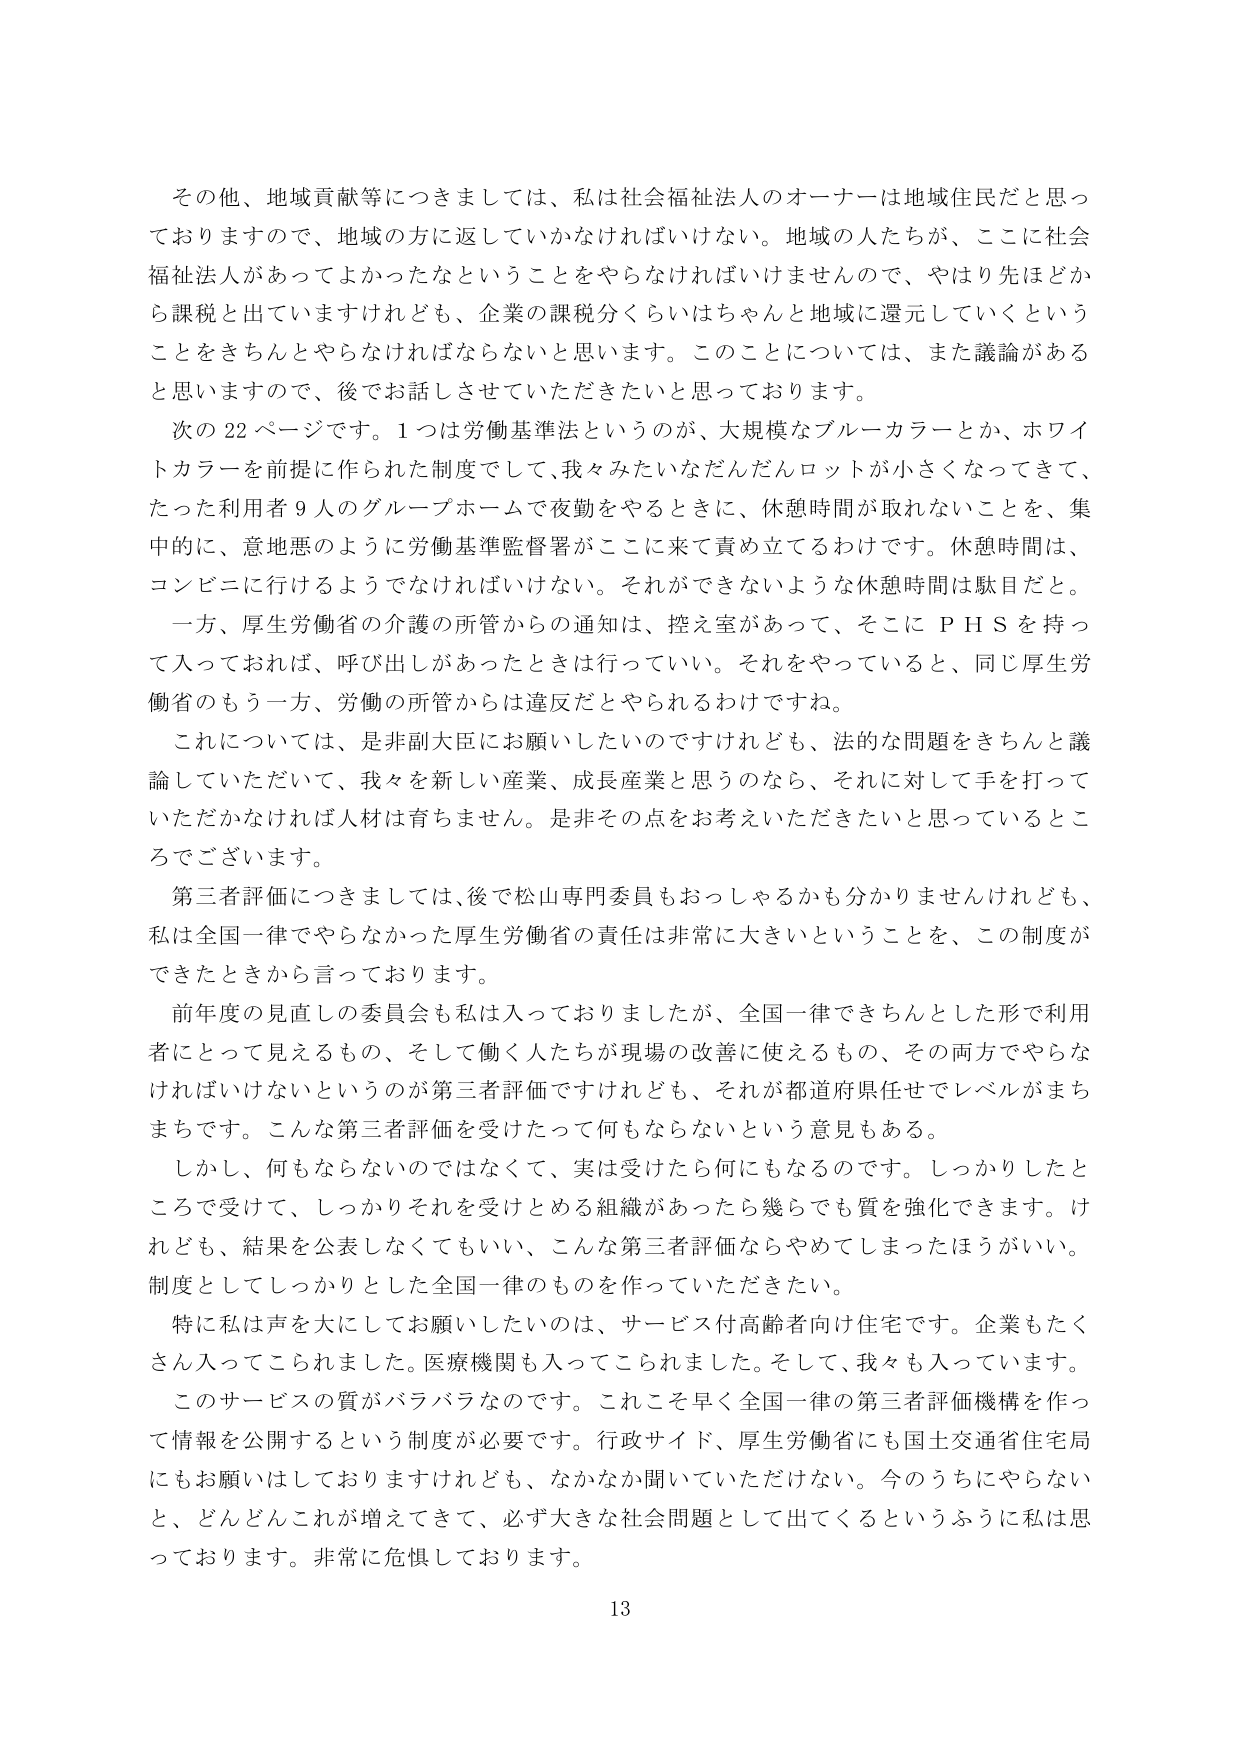
その他、地域貢献等につきましては、私は社会福祉法人のオーナーは地域住民だと思っておりますので、地域の方に返していかなければならない。地域の人たちが、ここに社会福祉法人があってよかったなということをやらなければいけませんので、やはり先ほどから課税と出ていますけれども、企業の課税分くらいはちゃんと地域に還元していくということをきちんとやらなければならないと思います。このことについては、また議論があると思いますので、後でお話しさせていただきたいと思っております。

次の22ページです。1つは労働基準法というのが、大規模なブルーカラーとか、ホワイトカラーを前提に作られた制度でして、我々みたいなだんだんロットが小さくなってきて、たった利用者9人のグループホームで夜勤をやるときに、休憩時間が取れないことを、集中的に、意地悪のように労働基準監督署がここに来て責め立てるわけです。休憩時間は、コンビニに行けるようではなければいけない。それができないような休憩時間は駄目だと。

一方、厚生労働省の介護の所管からの通知は、控え室があって、そこにＰＨＳを持って入っておれば、呼び出しがあったときは行っていい。それをやっていると、同じ厚生労働省のもう一方、労働の所管からは違反だとやられるわけですね。

これについては、是非副大臣にお願いしたいのですけれども、法的な問題をきちんと議論していただいて、我々を新しい産業、成長産業と思うのなら、それに対して手を打っていただかなければ人材は育ちません。是非その点をお考えいただきたいと思っているところでございます。

第三者評価につきましては、後で松山専門委員もおっしゃるかも分かりませんけれども、私は全国一律でやらなかった厚生労働省の責任は非常に大きいということを、この制度ができたときから言っております。

前年度の見直しの委員会も私は入っておりましたが、全国一律できちんとした形で利用者にとって見えるもの、そして働く人たちが現場の改善に使えるもの、その両方でやらなければならないというのが第三者評価ですけれども、それが都道府県任せでレベルがまちまちです。こんな第三者評価を受けたって何もならないという意見もある。

しかし、何もならないのではなくて、実は受けたら何にもなるのです。しっかりしたところで受けて、しっかりそれを受けとめる組織があったら幾らでも質を強化できます。けれども、結果を公表しなくてもいい、こんな第三者評価ならやめてしまったほうがいい。制度としてしっかりとした全国一律のものを作っていただきたい。

特に私は声を大にしてお願いしたいのは、サービス付高齢者向け住宅です。企業もたくさん入ってこられました。医療機関も入ってこられました。そして、我々も入っています。このサービスの質がバラバラなのです。これこそ早く全国一律の第三者評価機構を作って情報を公開するという制度が必要です。行政サイド、厚生労働省にも国土交通省住宅局にもお願いはしておりますけれども、なかなか聞いていただけない。今のうちにやらないと、どんどんこれが増えてきて、必ず大きな社会問題として出てくるというふうに私は思っております。非常に危惧しております。

13